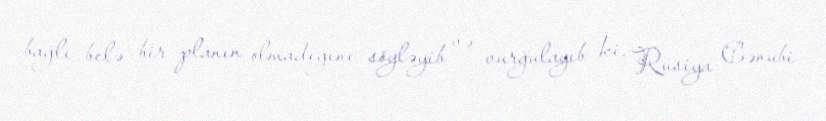
bağlı belə bir planın olmadığını söyləyib və vurğulayıb ki, Rusiya Cənubi